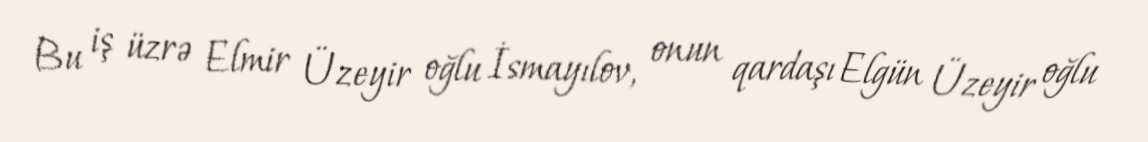
Bu iş üzrə Elmir Üzeyir oğlu İsmayılov, onun qardaşı Elgün Üzeyir oğlu